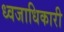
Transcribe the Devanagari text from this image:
ध्वजाधिकारी